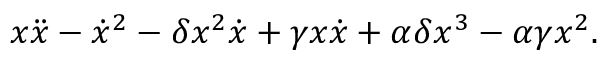
x \ddot { x } - \dot { x } ^ { 2 } - \delta x ^ { 2 } \dot { x } + \gamma x \dot { x } + \alpha \delta x ^ { 3 } - \alpha \gamma x ^ { 2 } .